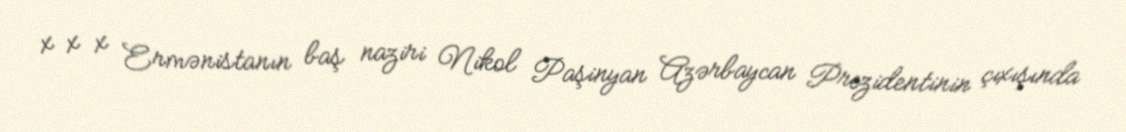
x x x Ermənistanın baş naziri Nikol Paşinyan Azərbaycan Prezidentinin çıxışında